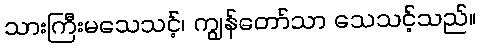
သားကြီးမသေသင့်၊ ကျွန်တော်သာ သေသင့်သည်။